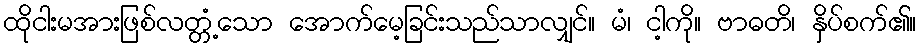
ထိုငါးမအားဖြစ်လတ္တံ့သော အောက်မေ့ခြင်းသည်သာလျှင်။ မံ၊ ငါ့ကို။ ဗာဓတိ၊ နှိပ်စက်၏။